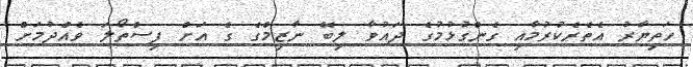
ހަތިޔާރު އެތެރެކުރުމާއި ގެންގުޅުމުގެ ދައުވާ ލިބޭ ނާޒިމްގެ ގެ އަށް ފިސްތޯލަ ވެއްދުމަށް